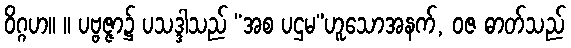
ဝိဂ္ဂဟ။ ။ ပဗ္ဗဇ္ဇာ၌ ပသဒ္ဒါသည် “အစ ပဌမ”ဟူသောအနက်, ဝဇ ဓာတ်သည်